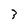
Character: 3